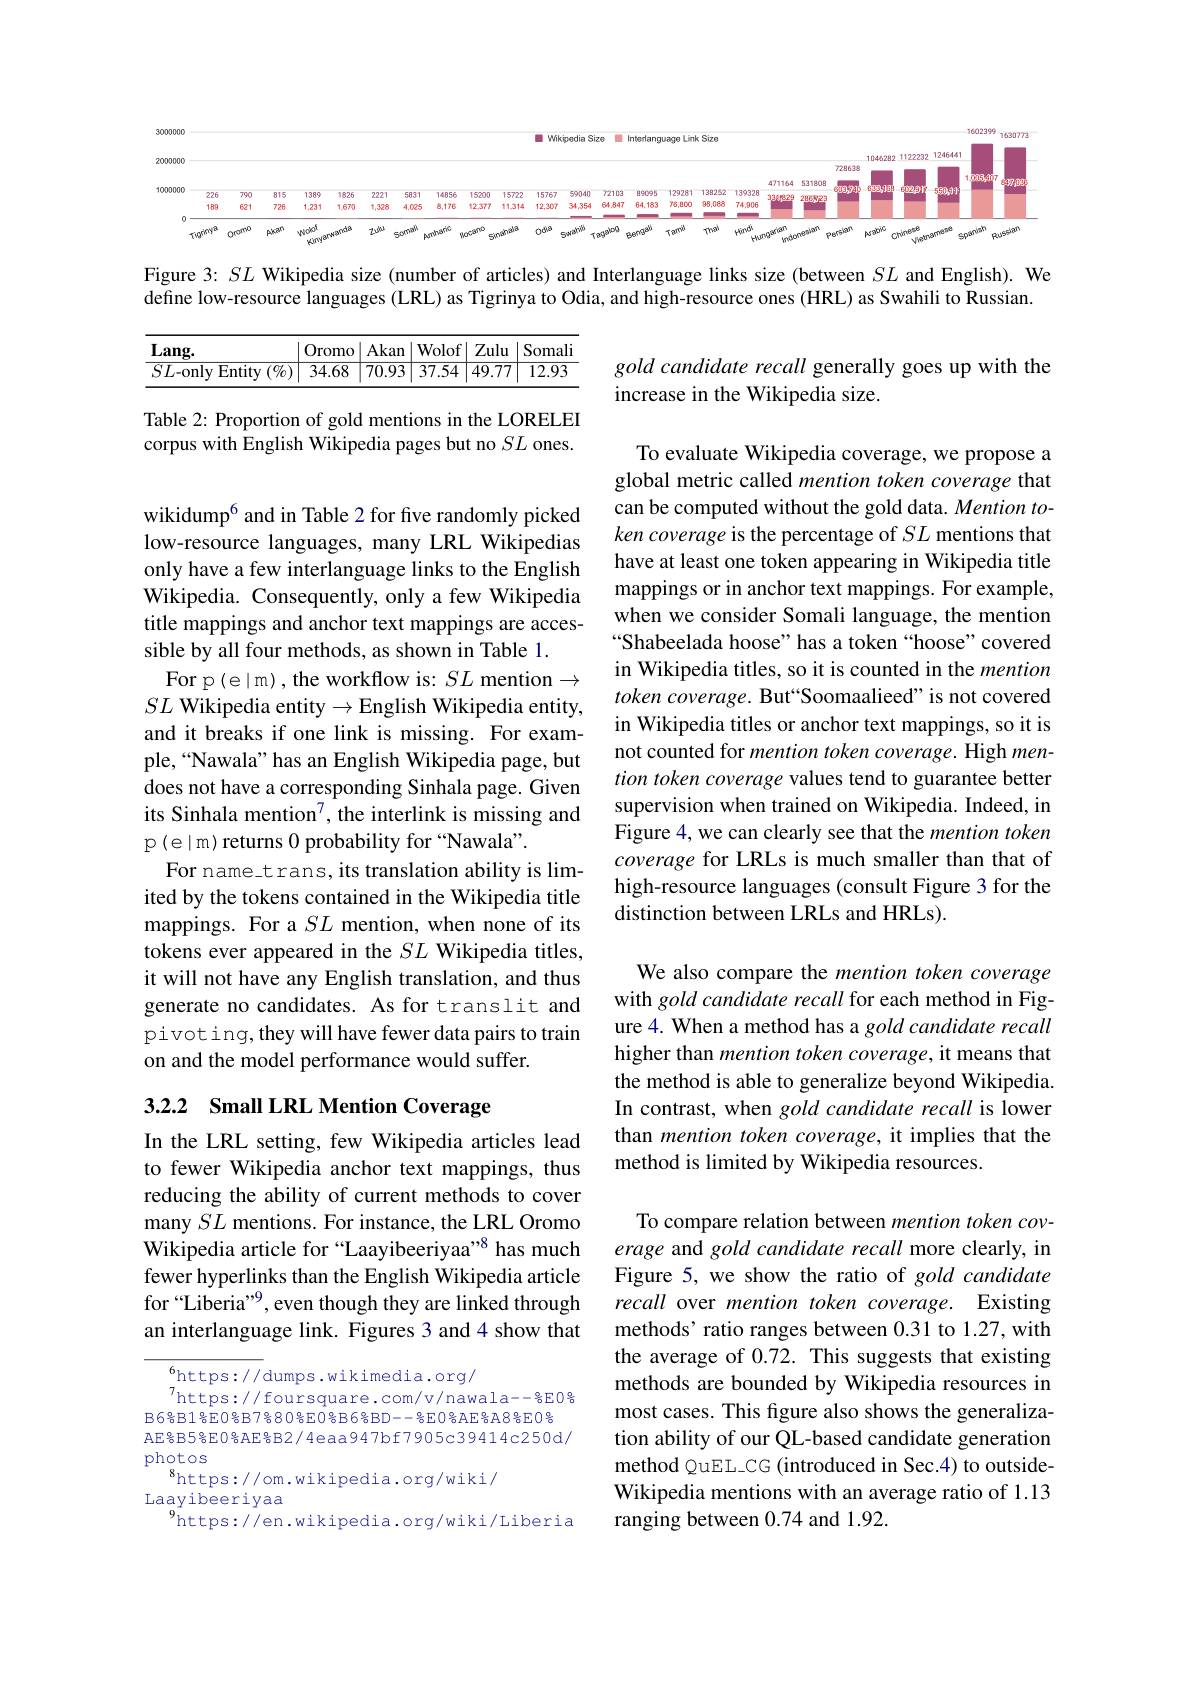
<FigureHere>

Figure 3: $SL$ Wikipedia size (number of articles) and Interlanguage links size (between $SL$ and English). We define low-resource languages (LRL) as Tigrinya to Odia, and high-resource ones (HRL) as Swahili to Russian.

<table>
	<tbody>
		<tr>
			<th>$Lang.$</th>
			<th>Oromo</th>
			<th>Akan</th>
			<th>Wolof</th>
			<th>Zulu</th>
			<th>Somali</th>
		</tr>
		<tr>
			<td>$SL$-only E Entity $I\left(\%\right)$</td>
			<td>34.68</td>
			<td>$\overline{70.93}$</td>
			<td>$\overline{37.54}$</td>
			<td>49.77</td>
			<td>12.93</td>
		</tr>
	</tbody>
</table>

gold candidate recall generally goes up with the
increase in the Wikipedia size.

Table 2: Proportion of gold mentions in the LORELEI corpus with English Wikipedia pages but no $SL$ ones.

To evaluate Wikipedia coverage, we propose a global metric called mention token coverage that can be computed without the gold data. Mention token coverage is the percentage of $SL$ mentions that have at least one token appearing in Wikipedia title mappings or in anchor text mappings. For example, when we consider Somali language, the mention “Shabeelada hoose” has a token“hoose”covered in Wikipedia titles, so it is counted in the mention token coverage. But“Soomaalieed” is not covered in Wikipedia titles or anchor text mappings, so it is not counted for mention token coverage. High mention token coverage values tend to guarantee better supervision when trained on Wikipedia. Indeed, in Figure 4, we can clearly see that the mention token coverage for LRLs is much smaller than that of high-resource languages (consult Figure 3 for the distinction between LRLs and HRLs).

wikidump$^{6}$ and in Table 2 for five randomly picked low-resource languages, many LRL Wikipedias only have a few interlanguage links to the English Wikipedia. Consequently, only a few Wikipedia title mappings and anchor text mappings are accessible by all four methods, as shown in Table 1.
For p (e|m) , the workflow is: $SL$ mention$\to$ $SL$ Wikipedia entity$\to$English Wikipedia entity, and it breaks if one link is missing. For example,“Nawala” has an English Wikipedia page, but does not have a corresponding Sinhala page. Given its Sinhala mention$^{7}$, the interlink is missing and p (e|m) returns 0 probability for “Nawala”.
For name\_t rans, its translation ability is limited by the tokens contained in the Wikipedia title mappings. For a $SL$ mention, when none of its tokens ever appeared in the $SL$ Wikipedia titles, it will not have any English translation, and thus generate no candidates. As for translit and pivoting, they will have fewer data pairs to train on and the model performance would suffer.

We also compare the mention token coverage with gold candidate recall for each method in Figure 4. When a method has a gold candidate recall higher than mention token coverage, it means that the method is able to generalize beyond Wikipedia. In contrast, when gold candidate recall is lower than mention token coverage, it implies that the method is limited by Wikipedia resources.

## 3.2.2 Small LRL Mention Coverage

In the LRL setting, few Wikipedia articles lead to fewer Wikipedia anchor text mappings, thus reducing the ability of current methods to cover many $SL$ mentions. For instance, the LRL Oromo Wikipedia article for “Laayibeeriyaa””8 has much fewer hyperlinks than the English Wikipedia article for “Liberia”, even though they are linked through an interlanguage link. Figures 3 and 4 show that

To compare relation between mention token coverage and gold candidate recall more clearly, in Figure 5, we show the ratio of gold candidate recall over mention token coverage. Existing methods' ratio ranges between 0.31 to 1.27, with the average of 0.72. This suggests that existing methods are bounded by Wikipedia resources in most cases. This figure also shows the generalization ability of our QL-based candidate generation method QuEL\_CG (introduced in Sec.4) to outsideWikipedia mentions with an average ratio of 1.13 ranging between 0.74 and 1.92.

$_{7}^{6}$https://dumps.wikimedia.org/
$^{7}$https://foursquare.com/v/nawala--%EO号B6%B1号EO%B7%80%EO%B6%BD--%EO%AE%A8%EO% AE号B5号E0号AE号B2/4eaa947bf7905c39414c250d/ photos
$^{8}$https://om.wikipedia.org/wiki/
Laayibeeriyaa
$^{9}$https://en.wikipedia.org/wiki/Liberia